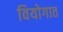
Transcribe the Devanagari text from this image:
वियोगात